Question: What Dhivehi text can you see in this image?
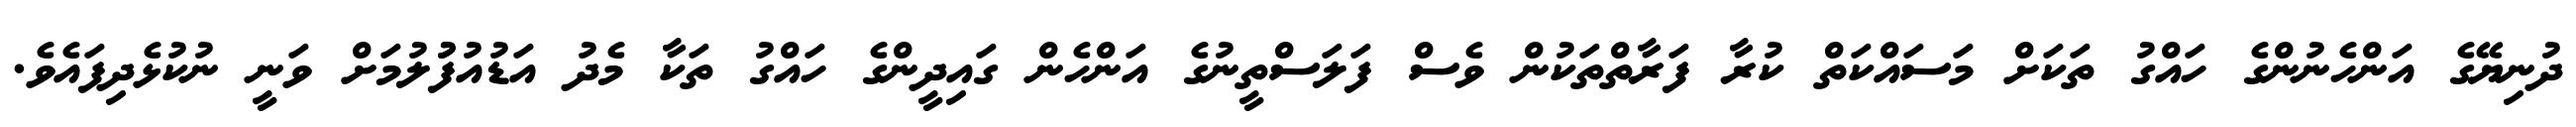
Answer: ދުނިޔޭގެ އަންހެނުންގެ ހައްގު ތަކަށް މަސައްކަތް ކުރާ ފަރާތްތަކުން ވެސް ފަލަސްތީނުގެ އަންހެން ގައިދީންގެ ހައްގު ތަކާ މެދު އަޑުއުފުުލުމަށް ވަނީ ނުކުޅެދިފައެވެ.